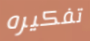
تفكيره